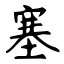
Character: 塞